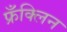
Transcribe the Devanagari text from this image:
फ्रँक्लिन